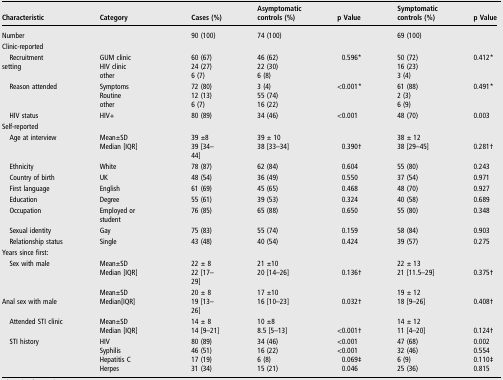
<table><thead><tr><td><b>Characteristic</b></td><td><b>Category</b></td><td><b>Cases (%)</b></td><td><b>Asymptomatic controls (%)</b></td><td><b>p Value</b></td><td><b>Symptomatic controls (%)</b></td><td><b>p Value</b></td></tr></thead><tbody><tr><td>Number</td><td></td><td>90 (100)</td><td>74 (100)</td><td></td><td>69 (100)</td><td></td></tr><tr><td colspan="7">Clinic-reported</td></tr><tr><td rowspan="3"> Recruitment setting</td><td>GUM clinic</td><td>60 (67)</td><td>46 (62)</td><td>0.596*</td><td>50 (72)</td><td>0.412*</td></tr><tr><td>HIV clinic</td><td>24 (27)</td><td>22 (30)</td><td></td><td>16 (23)</td><td></td></tr><tr><td>other</td><td>6 (7)</td><td>6 (8)</td><td></td><td>3 (4)</td><td></td></tr><tr><td rowspan="3"> Reason attended</td><td>Symptoms</td><td>72 (80)</td><td>3 (4)</td><td>&lt;0.001*</td><td>61 (88)</td><td>0.491*</td></tr><tr><td>Routine</td><td>12 (13)</td><td>55 (74)</td><td></td><td>2 (3)</td><td></td></tr><tr><td>other</td><td>6 (7)</td><td>16 (22)</td><td></td><td>6 (9)</td><td></td></tr><tr><td> HIV status</td><td>HIV+</td><td>80 (89)</td><td>34 (46)</td><td>&lt;0.001</td><td>48 (70)</td><td>0.003</td></tr><tr><td colspan="7">Self-reported</td></tr><tr><td rowspan="2"> Age at interview</td><td>Mean±SD</td><td>39 ±8</td><td>39 ± 10</td><td></td><td>38 ± 12</td><td></td></tr><tr><td>Median [IQR]</td><td>39 [34–44]</td><td>38 [33–34]</td><td>0.390†</td><td>38 [29–45]</td><td>0.281†</td></tr><tr><td> Ethnicity</td><td>White</td><td>78 (87)</td><td>62 (84)</td><td>0.604</td><td>55 (80)</td><td>0.243</td></tr><tr><td> Country of birth</td><td>UK</td><td>48 (54)</td><td>36 (49)</td><td>0.550</td><td>37 (54)</td><td>0.971</td></tr><tr><td> First language</td><td>English</td><td>61 (69)</td><td>45 (65)</td><td>0.468</td><td>48 (70)</td><td>0.927</td></tr><tr><td> Education</td><td>Degree</td><td>55 (61)</td><td>39 (53)</td><td>0.324</td><td>40 (58)</td><td>0.689</td></tr><tr><td> Occupation</td><td>Employed or student</td><td>76 (85)</td><td>65 (88)</td><td>0.650</td><td>55 (80)</td><td>0.348</td></tr><tr><td> Sexual identity</td><td>Gay</td><td>75 (83)</td><td>55 (74)</td><td>0.159</td><td>58 (84)</td><td>0.903</td></tr><tr><td> Relationship status</td><td>Single</td><td>43 (48)</td><td>40 (54)</td><td>0.424</td><td>39 (57)</td><td>0.275</td></tr><tr><td colspan="7">Years since first:</td></tr><tr><td rowspan="2"> Sex with male</td><td>Mean±SD</td><td>22 ± 8</td><td>21 ±10</td><td></td><td>22 ± 13</td><td></td></tr><tr><td>Median [IQR]</td><td>22 [17–29]</td><td>20 [14–26]</td><td>0.136†</td><td>21 [11.5–29]</td><td>0.375†</td></tr><tr><td rowspan="2"> Anal sex with male</td><td>Mean±SD</td><td>20 ± 8</td><td>17 ±10</td><td></td><td>19 ± 12</td><td></td></tr><tr><td>Median[IQR]</td><td>19 [13–26]</td><td>16 [10–23]</td><td>0.032†</td><td>18 [9–26]</td><td>0.408†</td></tr><tr><td rowspan="2"> Attended STI clinic</td><td>Mean±SD</td><td>14 ± 8</td><td>10 ±8</td><td></td><td>14 ± 12</td><td></td></tr><tr><td>Median [IQR]</td><td>14 [9–21]</td><td>8.5 [5–13]</td><td>&lt;0.001†</td><td>11 [4–20]</td><td>0.124†</td></tr><tr><td rowspan="4"> STI history</td><td>HIV</td><td>80 (89)</td><td>34 (46)</td><td>&lt;0.001</td><td>47 (68)</td><td>0.002</td></tr><tr><td>Syphilis</td><td>46 (51)</td><td>16 (22)</td><td>&lt;0.001</td><td>32 (46)</td><td>0.554</td></tr><tr><td>Hepatitis C</td><td>17 (19)</td><td>6 (8)</td><td>0.069‡</td><td>6 (9)</td><td>0.110‡</td></tr><tr><td>Herpes</td><td>31 (34)</td><td>15 (21)</td><td>0.046</td><td>25 (36)</td><td>0.815</td></tr></tbody></table>